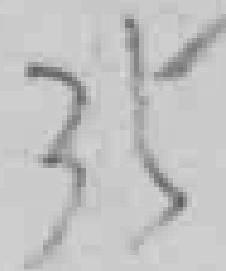
35